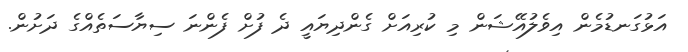
އަޅުގަނޑުމެން އިވެލުއޭޝަން މި ކުރިއަށް ގެންދިޔައީ ދެ ފުށް ފެންނަ ސިޔާސަތެއްގެ ދަށުން.